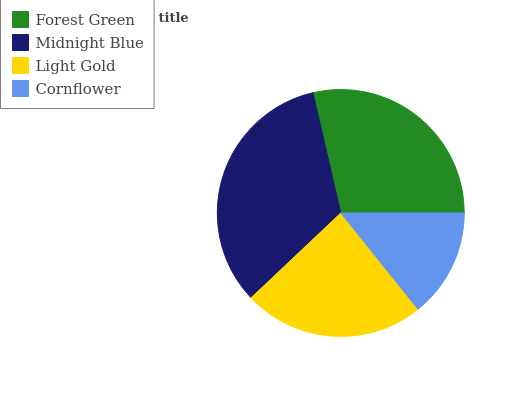
| Forest Green | Midnight Blue | Light Gold | Cornflower |
 | --- | --- | --- | --- |
 | 28.6% | 33.4% | 23.7% | 14.2% |